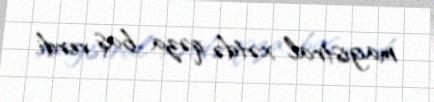
magistral xətdə qəza baş verdi.